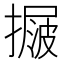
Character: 𢳲